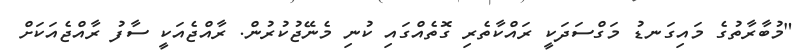
"މުބާރާތުގެ މައިގަނޑު މަގްސަދަކީ ރައްކާތެރި ގޮތެއްގައި ކުނި މެނޭޖުކުރުން. ރާއްޖެއަކީ ސާފު ރާއްޖެއަކަށް